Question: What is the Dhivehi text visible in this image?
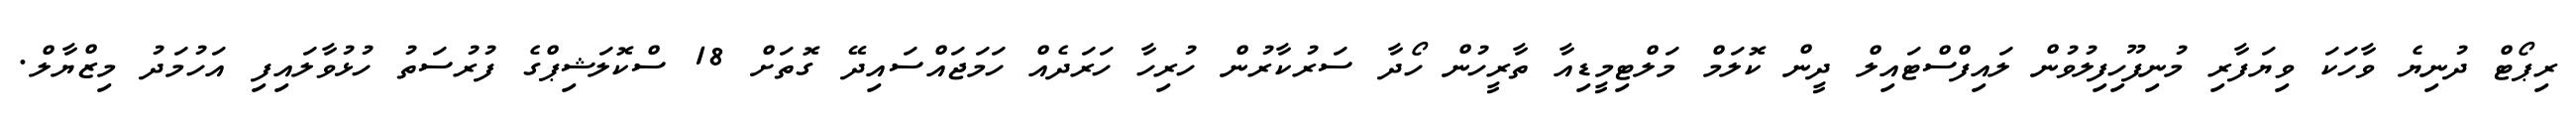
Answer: ރިޕޯޓް ދުނިޔެ ވާހަކަ ވިޔަފާރި މުނިފޫހިފިލުވުން ލައިފްސްޓައިލް ދީން ކޮލަމް މަލްޓިމީޑިއާ ތާރީހުން ހޯދާ ސަރުކާރުން ހުރިހާ ހަރަދެއް ހަމަޖައްސައިދޭ ގޮތަށް 18 ސްކޮލަޝިޕްގެ ފުރުސަތު ހުޅުވާލައިފި އަހުމަދު މިޒްޔާލް.